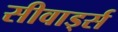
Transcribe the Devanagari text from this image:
सीवार्ड्स